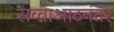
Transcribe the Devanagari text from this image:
सव्वाआठनंतर